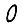
Digit: 0